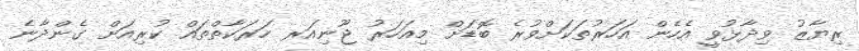
ރިޔާޒު ވިދާޅުވީ އެހެން އަހަރުތަކަށްވުރެ ބޮޑަށް މިއަހަރު ޖޫނިއަރ ހަރަކާތްތައް ކުރިއަށް ގެންދާނެ